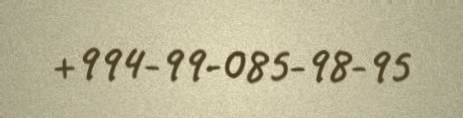
+994-99-085-98-95